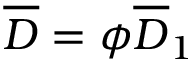
\overline { { D } } = \phi \overline { { D } } _ { 1 }